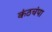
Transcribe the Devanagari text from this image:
कंठचंपा